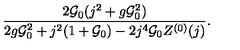
\frac { 2 { \cal G } _ { 0 } ( j ^ { 2 } + g { \cal G } _ { 0 } ^ { 2 } ) } { 2 g { \cal G } _ { 0 } ^ { 2 } + j ^ { 2 } ( 1 + { \cal G } _ { 0 } ) - 2 j ^ { 4 } { \cal G } _ { 0 } Z ^ { ( 0 ) } ( j ) } .